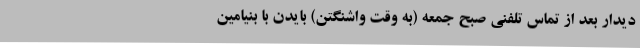
دیدار بعد از تماس تلفنی صبح جمعه (به وقت واشنگتن) بایدن با بنیامین